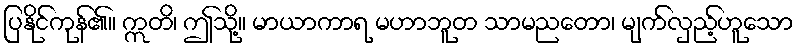
ပြနိုင်ကုန်၏။ ဣတိ၊ ဤသို့။ မာယာကာရ မဟာဘူတ သာမညတော၊ မျက်လှည့်ဟူသော